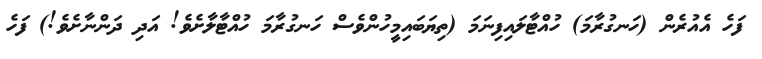
ފަހެ އެއުރެން (ހަނގުރާމަ) ހުއްޓާލައިފިނަމަ (ތިޔަބައިމީހުންވެސް ހަނގުރާމަ ހުއްޓާލާށެވެ! އަދި ދަންނާށެވެ!) ފަހެ